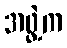
အဖွဲ့က